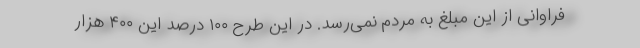
فراوانی از این مبلغ به مردم نمی‌رسد. در این طرح ۱۰۰ درصد این ۴۰۰ هزار